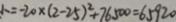
1 . = - 2 0 \times ( 2 - 2 5 ) ^ { 2 } + 7 6 5 0 0 = 6 5 9 2 0